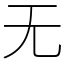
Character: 无